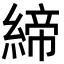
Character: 締